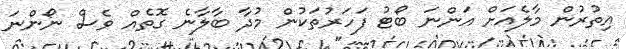
އިތުރުން މާލެއަށް އަންނަ ބޯޓު ފަހަރުތަކުން މުދާ ބާލާނެ ގޮތެއް ވެސް ނޯންނަ